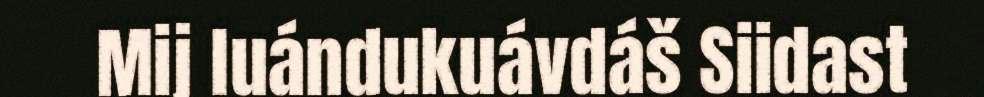
Mij luándukuávdáš Siidast